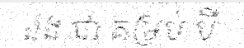
ឯង ជា គម្រប់ បី